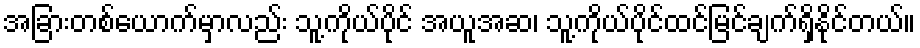
အခြားတစ်ယောက်မှာလည်း သူ့ကိုယ်ပိုင် အယူအဆ၊ သူ့ကိုယ်ပိုင်ထင်မြင်ချက်ရှိနို်င်တယ်။